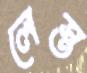
লেস্ত